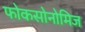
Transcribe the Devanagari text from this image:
फोकसोनोमिज